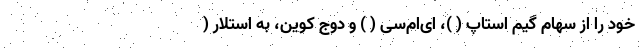
خود را از سهام گیم استاپ ( )، ای‌ام‌سی ( ) و دوج کوین، به استلار (